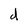
Character: d